画像に写った文字を読んでください
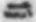
「ニ」と書いてあります